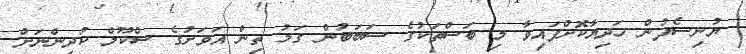
ޔުނިސެފުން ހަދިޔާކޮށްފައިވާ މި ބަސްތަކުގެ ސަބަބުން ގަމު ތިން އަވަށުގެ ސްކޫލް ކުދިންނަށް